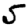
Digit: 5